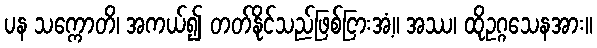
ပန သက္ကောတိ၊ အကယ်၍ တတ်နိုင်သည်ဖြစ်ငြားအံ့။ အဿ၊ ထိုဥဂ္ဂသေနအား။